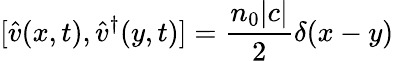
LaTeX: [\hat{v}(x,t),\hat{v}^{\dagger}(y,t)]=\frac{n_{0}|c|}{2}\delta(x-y)